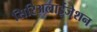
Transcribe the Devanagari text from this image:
सिरिअलाईजेशन